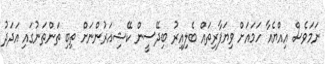
ނަމަވެސް އިއްޔެއާ ހަމައަށް ވިޔަފާރިތައް ބެލިއިރު ބިދޭސީން ކޭޝިއަރުންނަށް ތިބި ތަންތަނުގައި އަދަދު